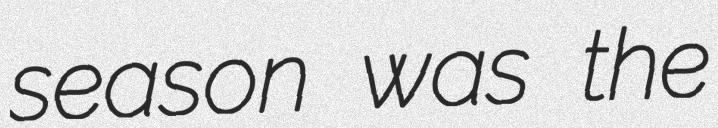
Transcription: season was the